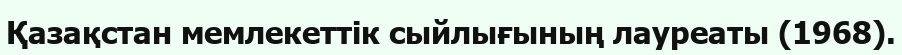
Қазақстан мемлекеттік сыйлығының лауреаты (1968).